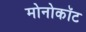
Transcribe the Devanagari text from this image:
मोनोकॉट